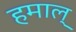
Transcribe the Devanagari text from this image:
हमाल्